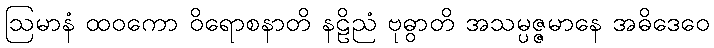
ဩမာနံ ထဝကော ဝိရောစနာတိ နဠိညံ ဗုဓွာတိ အသမ္ပဇ္ဇမာနေ အဓိဒေဝေ